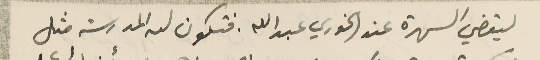
ليقضي السهرة عند الخوري عبدالله. فتكون له المدرسة مثل